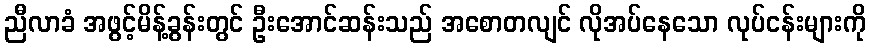
ညီလာခံ အဖွင့်မိန့်ခွန်းတွင် ဦးအောင်ဆန်းသည် အစောတလျင် လိုအပ်နေသော လုပ်ငန်းများကို